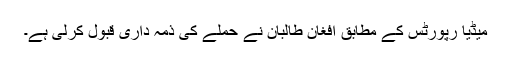
میڈیا رپورٹس کے مطابق افغان طالبان نے حملے کی ذمہ داری قبول کرلی ہے۔